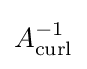
A_{\operatorname {curl} }^{-1}